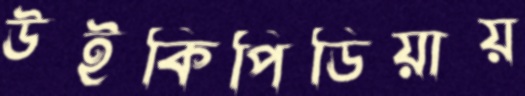
উইকিপিডিয়ায়